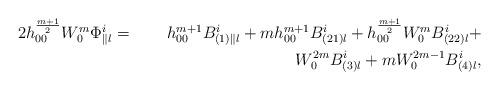
LaTeX: \begin{align*} 2h_{00}^{\frac{m+1}{2}} W_{0}^m \Phi^{i}_{\parallel l} &=& h_{00}^{m+1} B^{i}_{(1) \parallel l} + mh_{00}^{m+1} B^i_{(21) l} +h_{00}^{\frac{m+1}{2}}W_{0}^m B^{i}_{(22)l} + \\ && W_{0}^{2m} B^i_{(3)l} + m W_0^{2m-1} B^i_{(4)l}, \end{align*}